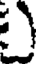
)